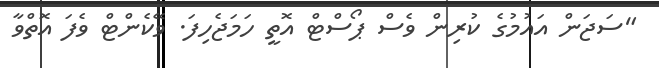
"ސަޖަން އައުމުގެ ކުރިން ވެސް ޕޯސްޓް އޮތީ ހަމަޖެހިފަ. ވޭކެންޓް ވެފަ އޮތްވާ